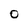
Character: O